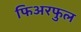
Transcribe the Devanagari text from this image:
फिअरफुल